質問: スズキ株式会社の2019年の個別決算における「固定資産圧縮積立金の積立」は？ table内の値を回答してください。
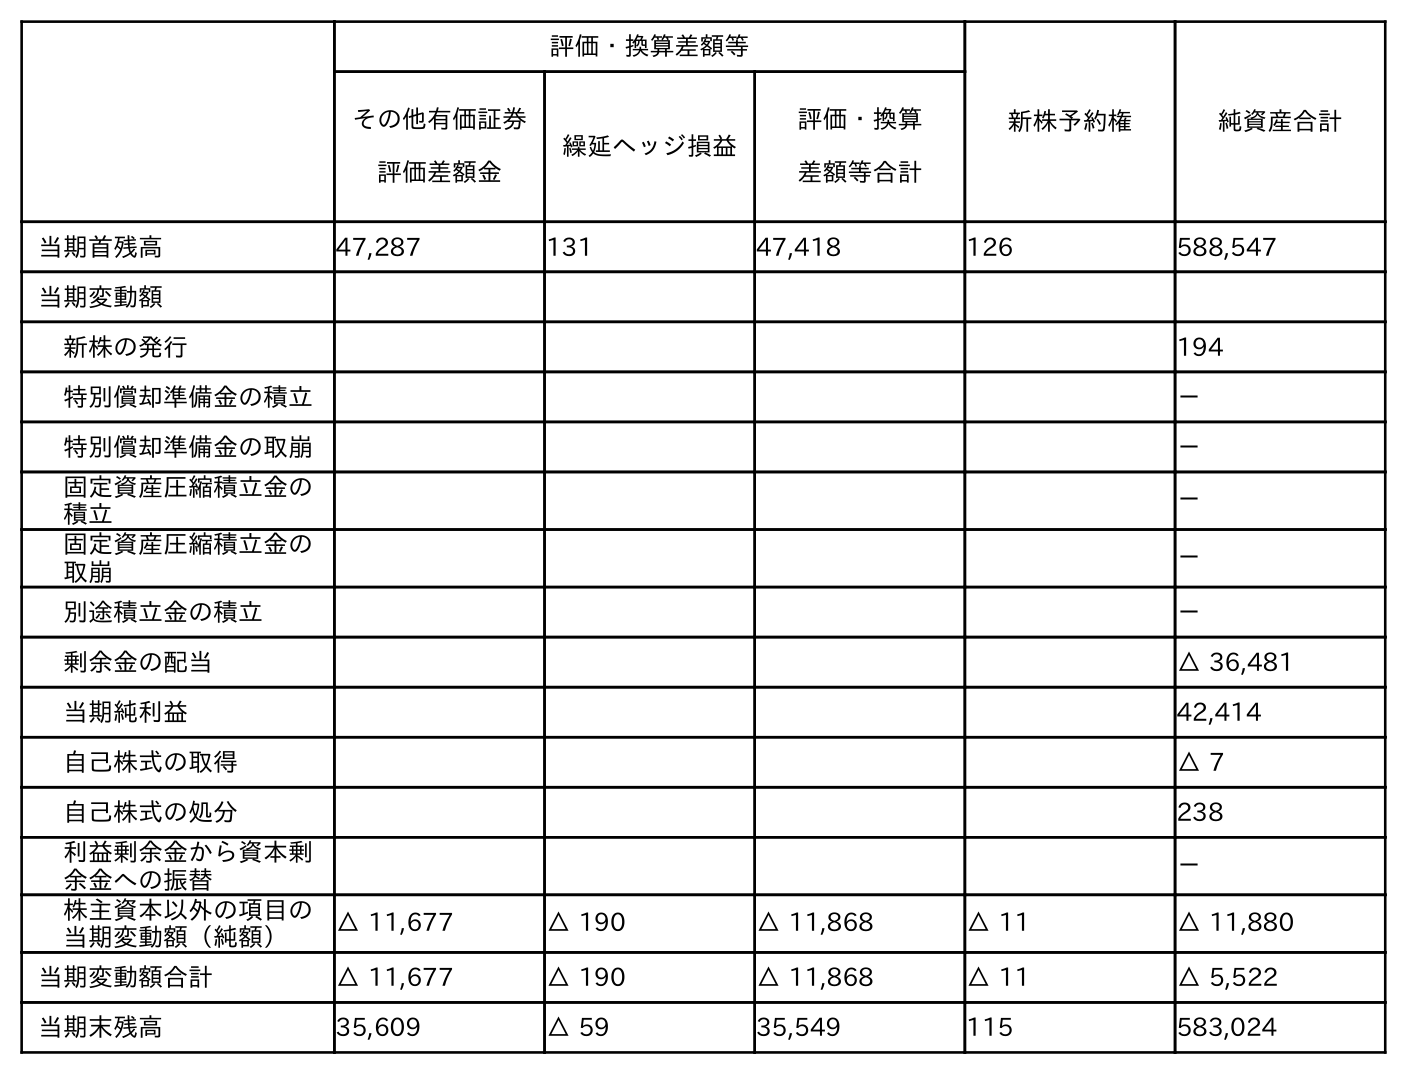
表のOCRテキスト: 評価・換算差額等 新株予約権 純資産合計 その他有価証券 評価差額金 繰延ヘッジ損益 評価・換算 差額等合計 当期首残高 47,287 131 47,418 126 588,547 当期変動額 新株の発行 194 特別償却準備金の積立 － 特別償却準備金の取崩 － 固定資産圧縮積立金の 積立 － 固定資産圧縮積立金の 取崩 － 別途積立金の積立 － 剰余金の配当 △ 36,481 当期純利益 42,414 自己株式の取得 △ 7 自己株式の処分 238 利益剰余金から資本剰 余金への振替 － 株主資本以外の項目の 当期変動額（純額） △ 11,677 △ 190 △ 11,868 △ 11 △ 11,880 当期変動額合計 △ 11,677 △ 190 △ 11,868 △ 11 △ 5,522 当期末残高 35,609 △ 59 35,549 115 583,024
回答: －